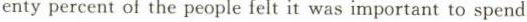
enty percent of the people felt it was important to spend